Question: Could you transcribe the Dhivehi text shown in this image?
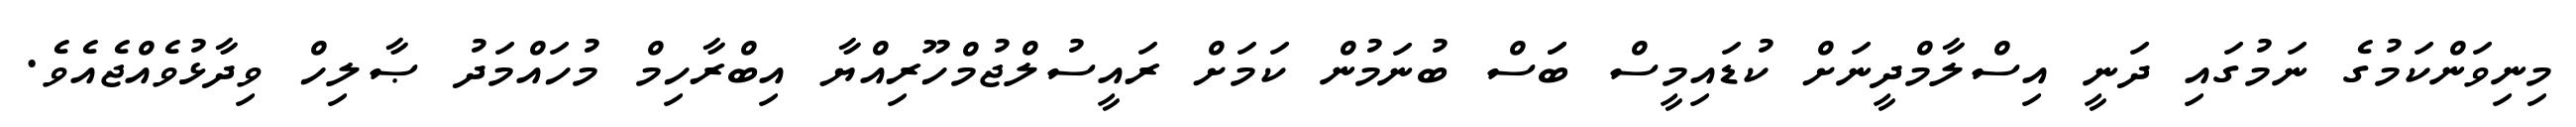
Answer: މިނިވަންކަމުގެ ނަމުގައި ދަނީ އިސްލާމްދީނަށް ކުޑައިމީސް ބަަސް ބުނަމުން ކަމަށް ރައީސުލްޖުމްހޫރިއްޔާ އިބްރާހިމް މުހައްމަދު ޞާލިހް ވިދާޅުވެއްޖެއެވެ.